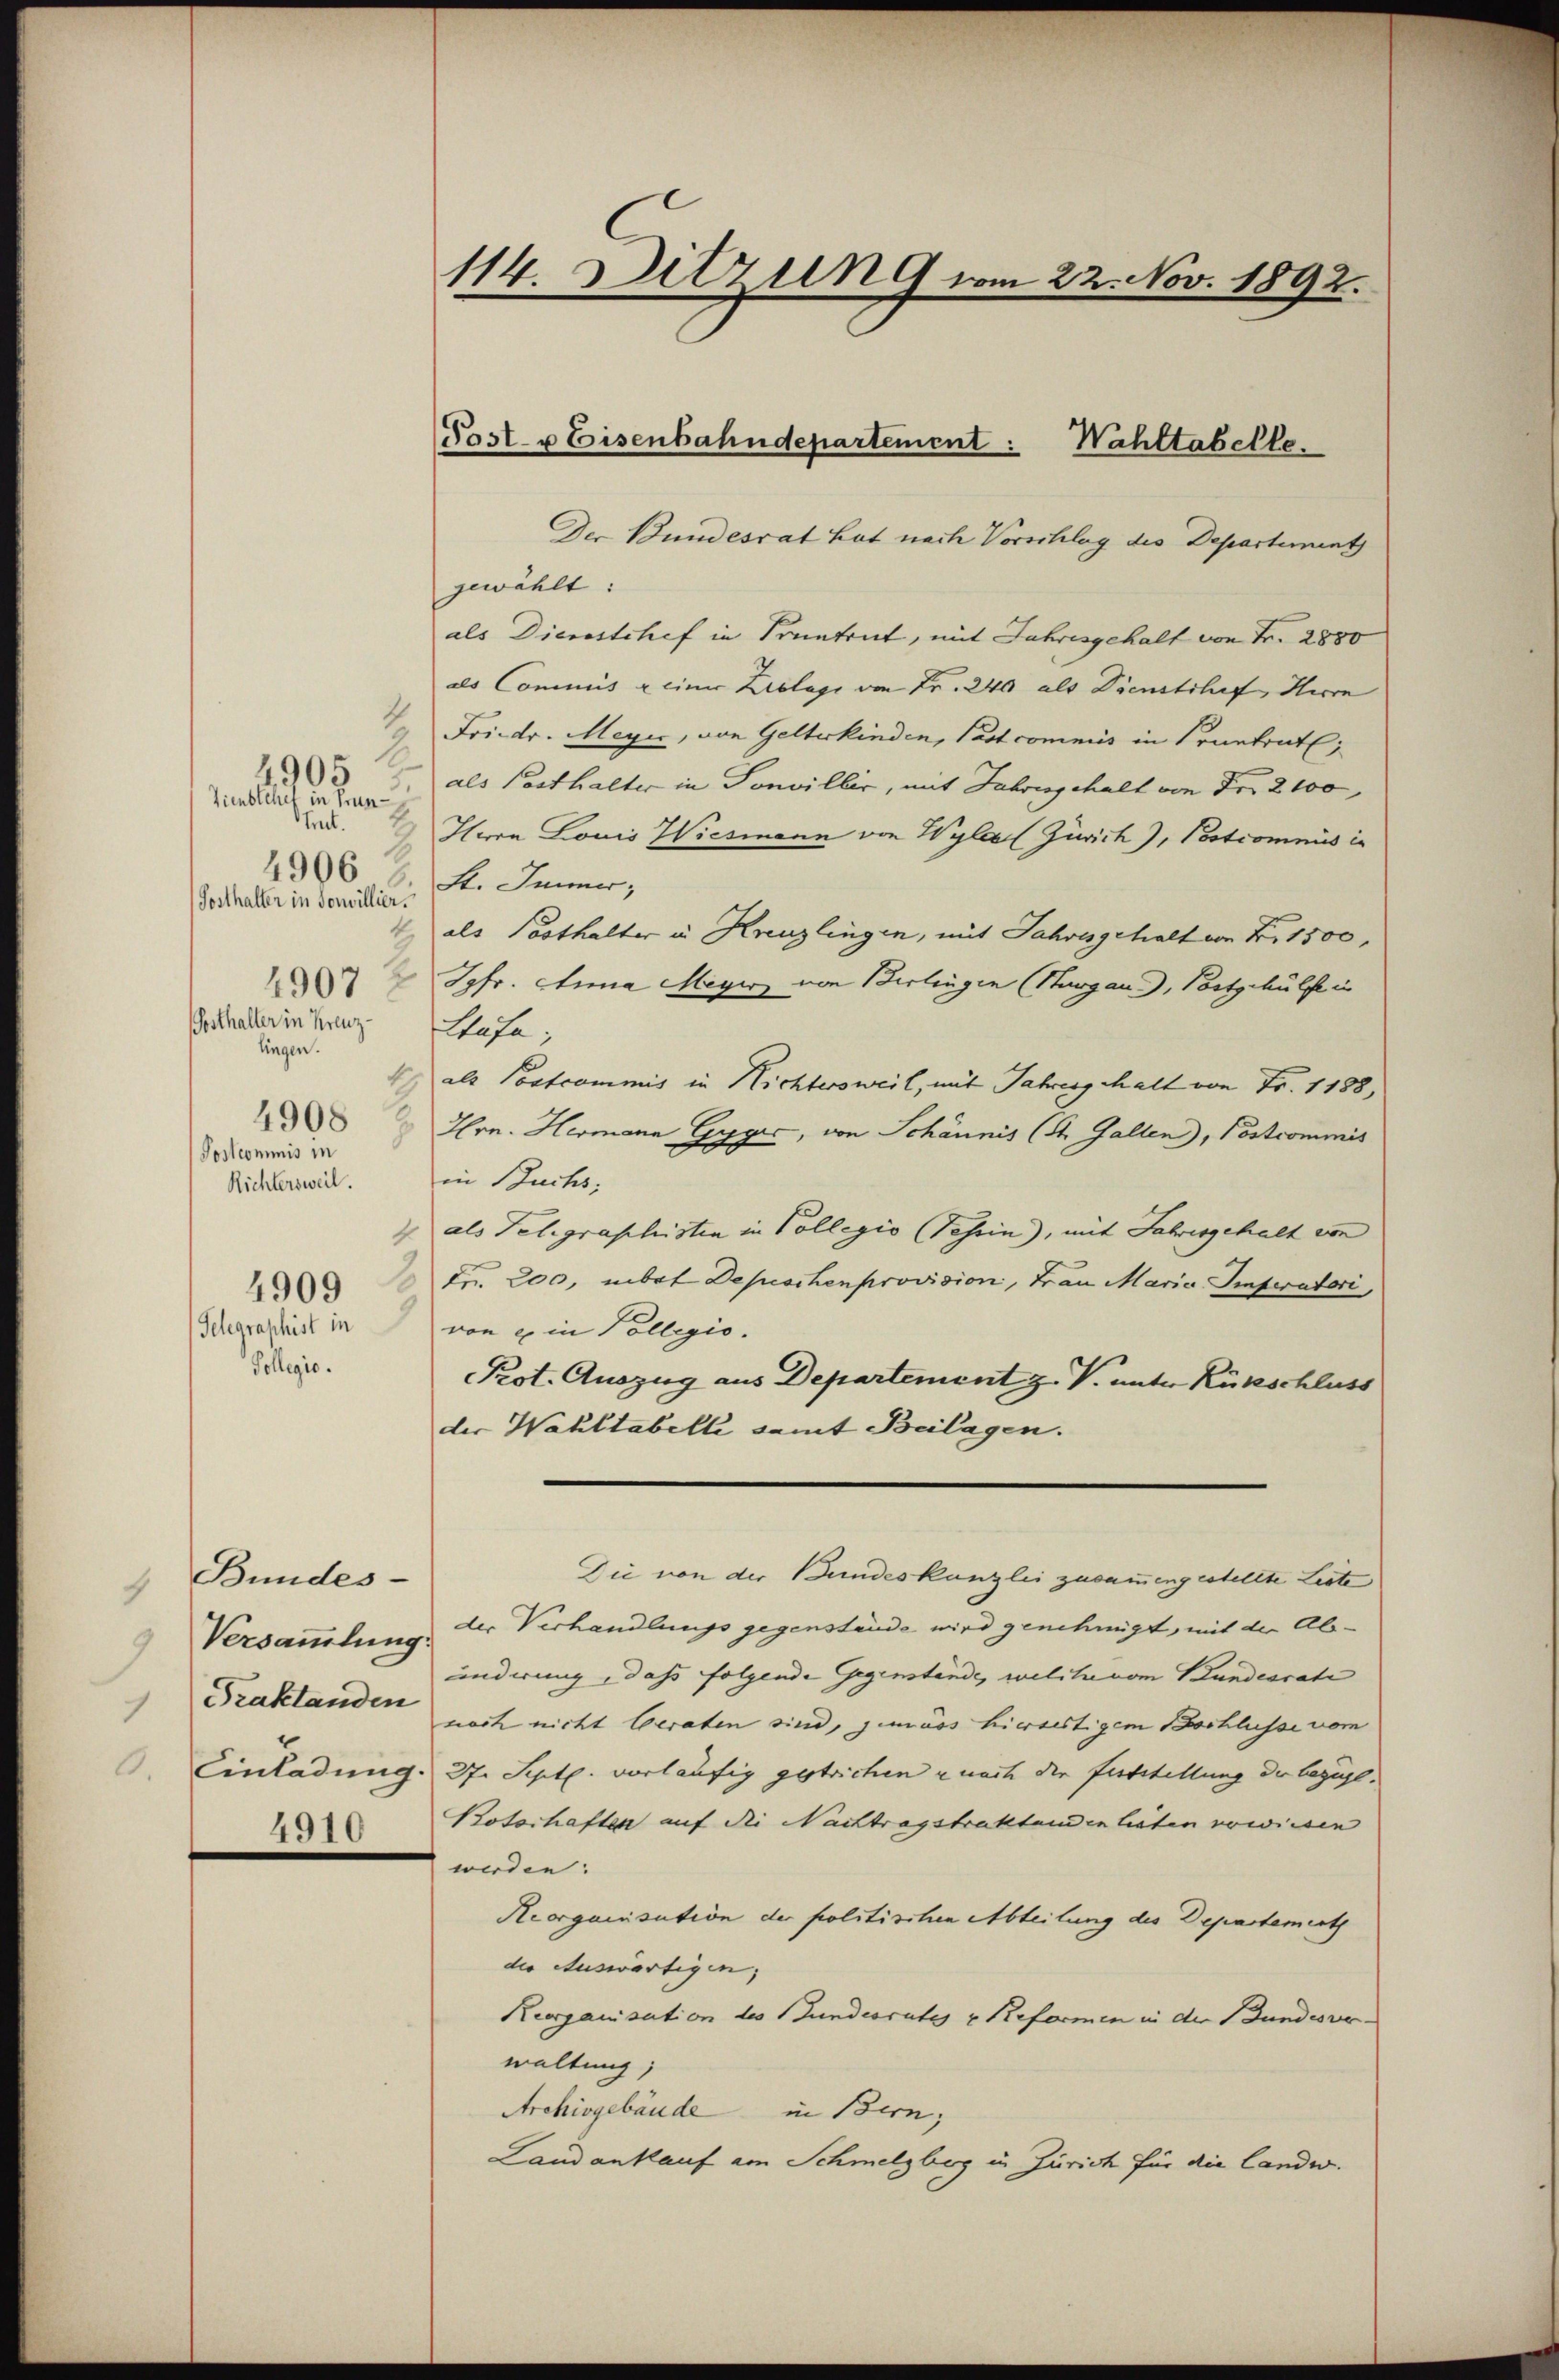
1
1
Zienbtchef in Truntrat.
1
Gosthalter in Sonvillier.
Gosthalter in Kreuz-
lingen.
4
4908
d
Postcommis in
Richtersweil.
4
4909
Telegraphist in
Collegio.

4905

4906

49072

Bundes-
Versammlung
g
Traktanden
. Einladung.
4910

7

114. Ditzung vom 22. Nov. 1892.

Post- u Eisenbahndepartement: Wahltabelle.

Der Bundesrat hat nach Vorschlag des Departement
gewählt:
als Diesestchef in Pruntrut, mit Jahresgehalt von Fr. 2880
als Commis einer Zielage von Fr. 240 als Dienstshof, Herrn
Friedr. Meyer, von Gelterkinden, Past commis in Prantrat
als Posthalter in Sonviller, mit Jahrenschalt von Fr. 2100,
Here Louis Wiesmann von Wylal Zürich), Postcomnis in
st. Immer,
als Posthalter in Kreuzlingen, mit Jahresgehalt von Fr. 1500,
Jgfr. Anna Meyer von Berlingen (Hargau), Postschülfe in
Stufe;
als Postcommis in Nichtersweil, mit Jahrengehalt von Fr. 1188,
Hrn. Hermann Gygić, von Schännis (St. Gallen), Postcommis
in Buchs,
als Telegraphisten in Collegio (Tessin), mit Jahresgehalt von
Fr. 200, nebet Depeschenprovision, Frau Maria Imperatori
von ex in Pollegio
Prot. Auszug aus Departement z. V. unter Rückschluss
der Wahltabelle samt Beilagen.
Die von der Bundeskanzlei zusammengestellte Leite
der Verhandlungs gegenstände wird genehmigt, mit der Ab-
ändwung, dass folgende Gegenstände, welche vom Bundesrate
noch nicht beraten sind, gemäss hierseitigem Beschlusse vom
27. Sept. vorläufig gestrichen nach die Entstellung der bezügl.
Botschaften auf die Nachtragstraktanden lieben vorwiesen
werden:
Reorganisation der politischen Abteilung des Departementh
der Auswärtigen,
Keorganisation des Gundesrates u Reformen in der Bundesver-
waltung,
Archivgebäude in Bern;
Landankauf am Schmelzberg in Zürich für die landw.